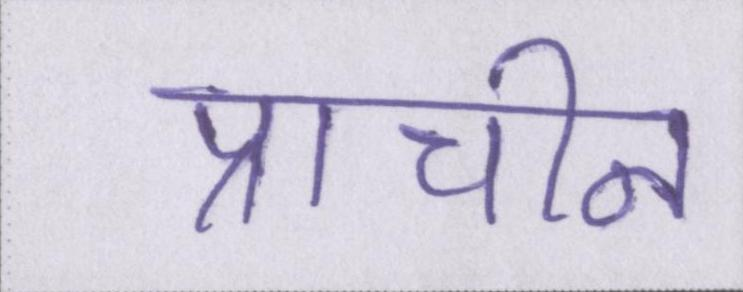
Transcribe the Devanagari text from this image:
प्राचीन